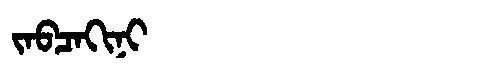
Manchu: ᠵᠠᠪᠴᠠᡴᡳᠨᡳ
Romanization: JABCAKINI